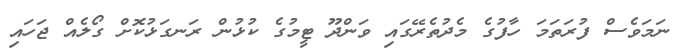
ނަމަވެސް ފުރަތަމަ ހާފުގެ މެދުތެރޭގައި ވަންދޫ ޓީމުގެ ކުޅުން ރަނގަޅުކޮށް ގޯލެއް ޖަހައި